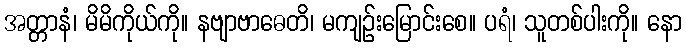
အတ္တာနံ၊ မိမိကိုယ်ကို။ နဗျာဗာဓေတိ၊ မကျဉ်းမြောင်းစေ။ ပရံ၊ သူတစ်ပါးကို။ နော